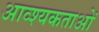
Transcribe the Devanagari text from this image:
आव्श्यकताओं